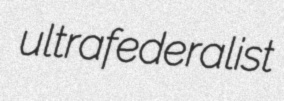
ultrafederalist